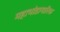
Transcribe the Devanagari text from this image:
महाभांडागारिक